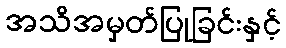
အသိအမှတ်ပြုခြင်းနှင့်